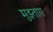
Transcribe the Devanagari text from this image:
मुझ्ताग़